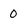
Character: o